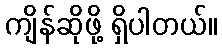
ကျိန်ဆိုဖို့ ရှိပါတယ်။